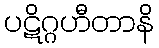
ပဋိဂ္ဂဟီတာနိ